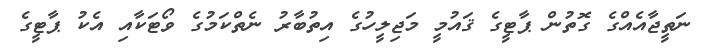
ނަތީޖާއެއްގެ ގޮތުން ޕާޓީގެ ޤައުމީ މަޖިލީހުގެ އިތުބާރު ނެތްކަމުގެ ވޯޓަކާއި އެކު ޕާޓީގެ